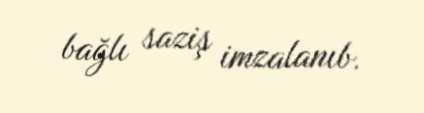
bağlı saziş imzalanıb.